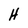
Character: H